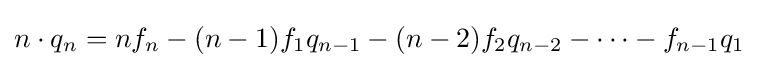
n\cdot q_{n}=nf_{n}-(n-1)f_{1}q_{n-1}-(n-2)f_{2}q_{n-2}-\cdots -f_{n-1}q_{1}